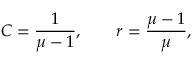
C = { \frac { 1 } { \mu - 1 } } , \quad \quad r = { \frac { \mu - 1 } { \mu } } ,